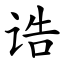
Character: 诰